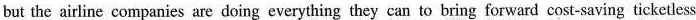
but the airline companies are doing everything they can to bring forward cost-saving ticketless